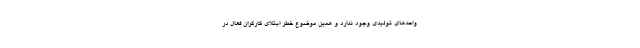
واحدهای تولیدی وجود ندارد و همین موضوع خطر ابتلای کارگران فعال در